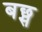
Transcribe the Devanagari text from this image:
बछ्स